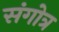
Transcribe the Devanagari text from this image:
संगोत्र